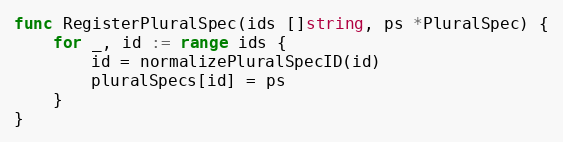
Language: Go
func RegisterPluralSpec(ids []string, ps *PluralSpec) {
	for _, id := range ids {
		id = normalizePluralSpecID(id)
		pluralSpecs[id] = ps
	}
}